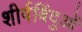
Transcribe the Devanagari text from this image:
शीर्षबिंदुओं